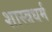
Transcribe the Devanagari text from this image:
शास्त्रधर्म